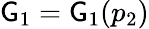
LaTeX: \mathsf{G}_{1}=\mathsf{G}_{1}(p_{2})